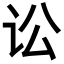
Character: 讼